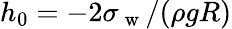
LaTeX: h_{0}=-2\sigma_{\mathrm{~w~}}/(\rho gR)